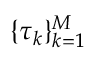
\{ \tau _ { k } \} _ { k = 1 } ^ { M }